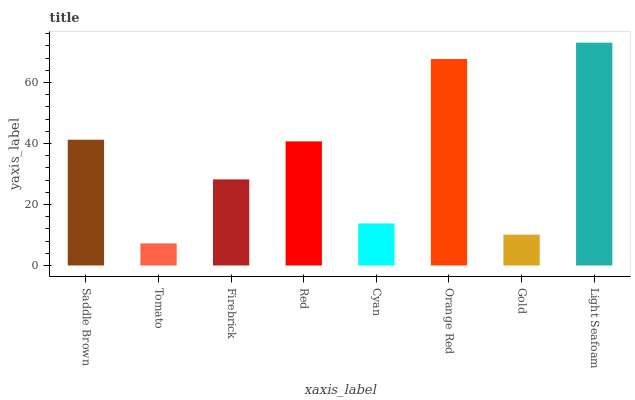
| xaxis_label | bars |
 | --- | --- |
 | Saddle Brown | 41.2 |
 | Tomato | 7.25 |
 | Firebrick | 28.2 |
 | Red | 40.7 |
 | Cyan | 13.8 |
 | Orange Red | 67.7 |
 | Gold | 10.1 |
 | Light Seafoam | 73.1 |